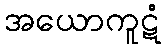
အယောကူဋံ